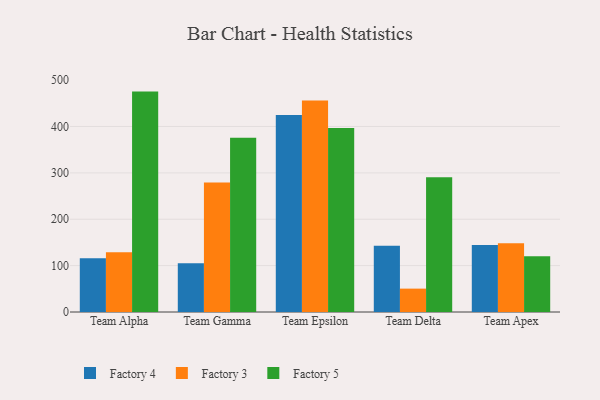
{"axis": {"x": "Team", "y": "Page Views"}, "legend": ["Factory 3", "Factory 4", "Factory 5"], "data": [{"x": "Team Alpha", "y": 115.7, "type": "Factory 4"}, {"x": "Team Alpha", "y": 128.9, "type": "Factory 3"}, {"x": "Team Alpha", "y": 475.2, "type": "Factory 5"}, {"x": "Team Gamma", "y": 105.1, "type": "Factory 4"}, {"x": "Team Gamma", "y": 279.0, "type": "Factory 3"}, {"x": "Team Gamma", "y": 375.6, "type": "Factory 5"}, {"x": "Team Epsilon", "y": 425.0, "type": "Factory 4"}, {"x": "Team Epsilon", "y": 456.0, "type": "Factory 3"}, {"x": "Team Epsilon", "y": 396.9, "type": "Factory 5"}, {"x": "Team Delta", "y": 143.0, "type": "Factory 4"}, {"x": "Team Delta", "y": 50.4, "type": "Factory 3"}, {"x": "Team Delta", "y": 290.5, "type": "Factory 5"}, {"x": "Team Apex", "y": 144.2, "type": "Factory 4"}, {"x": "Team Apex", "y": 148.4, "type": "Factory 3"}, {"x": "Team Apex", "y": 120.3, "type": "Factory 5"}]}